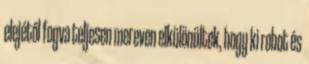
elejétől fogva teljesen mereven elkülönültek, hogy ki robot és